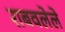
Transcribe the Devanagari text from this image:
राबवलेले